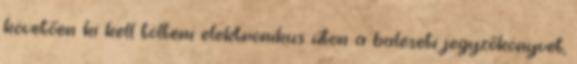
követően ki kell tölteni elektronikus úton a baleseti jegyzőkönyvet,